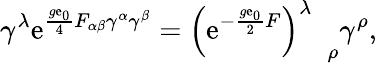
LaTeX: \gamma^{\lambda}\mathrm{e}^{\frac{{g\mathrm{e}_{0}}}{{4}}F_{\alpha\beta}\gamma^{\alpha}\gamma^{\beta}}=\left(\mathrm{e}^{-\frac{{g\mathrm{e}_{0}}}{{2}}F}\right)_{\quad\rho}^{\lambda}\gamma^{\rho},